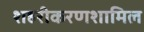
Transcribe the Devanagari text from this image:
शहरीकरणशामिल